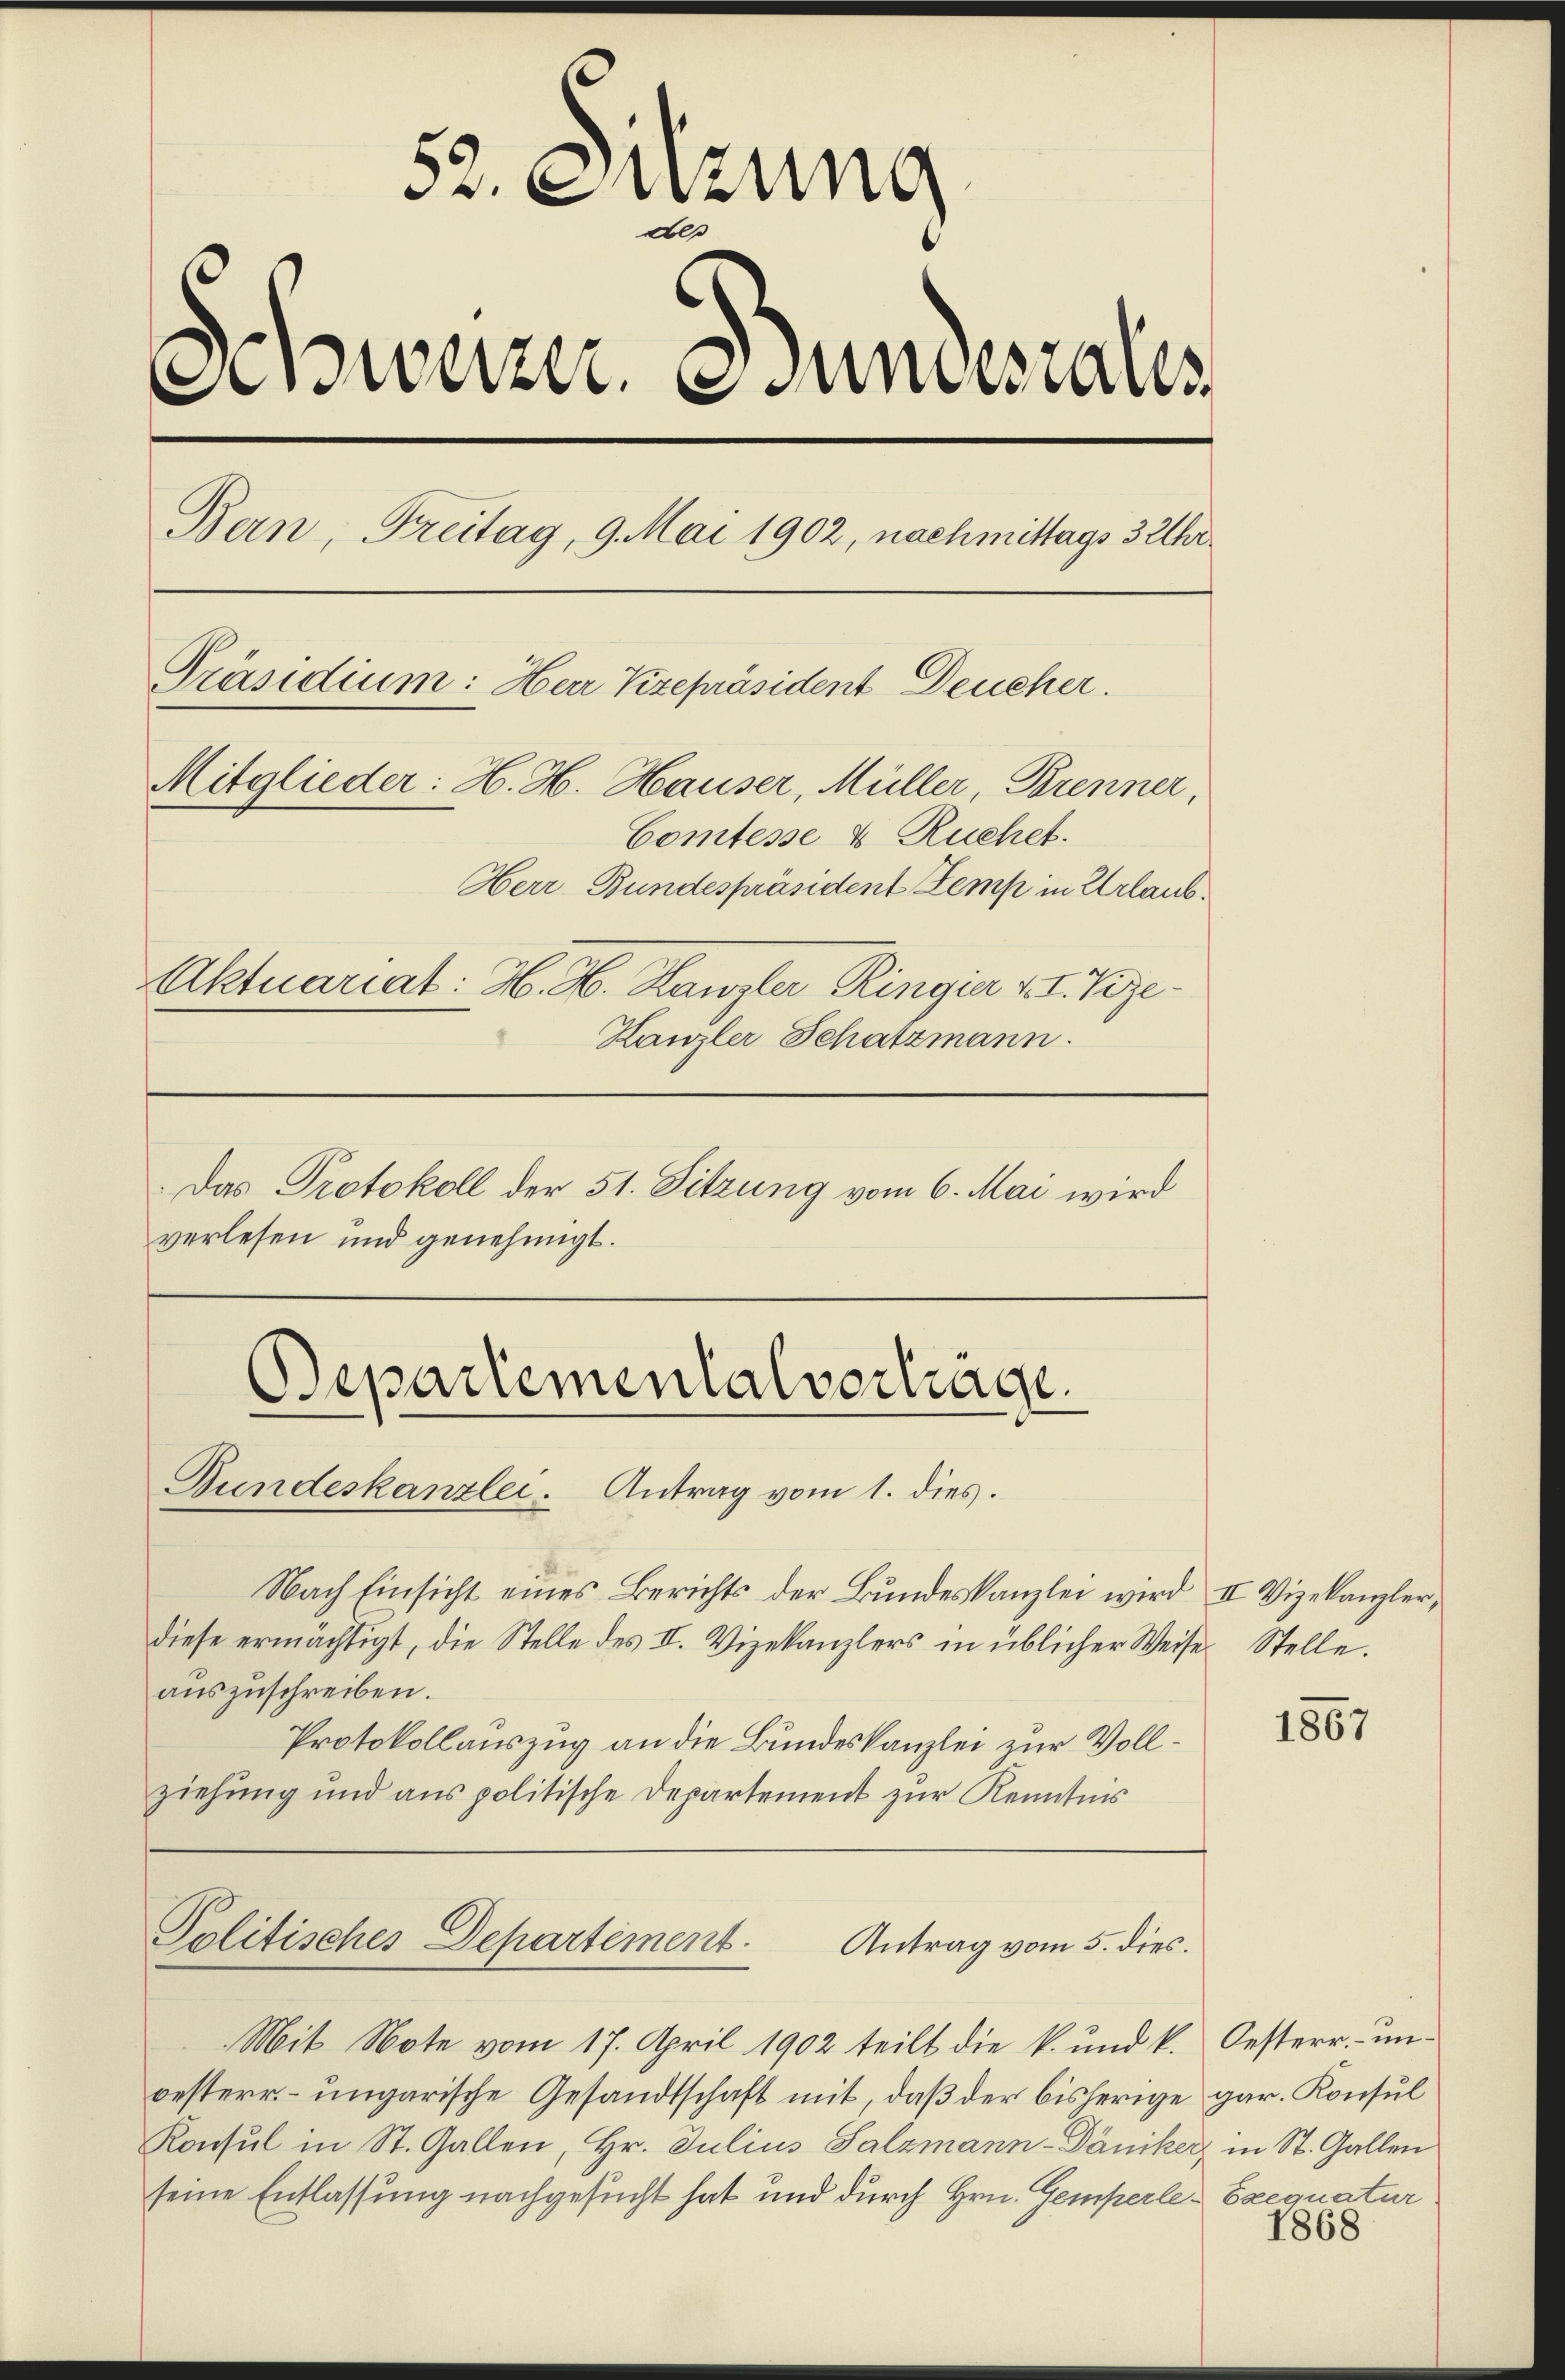
Das Protokoll der 51. Sitzung vom 6. Mai wird
verlesen und genehmigt.

52. Sitzung
des
Anweizer. esundesrates
Bern, Freitag, 9. Mai 1902, nachmittags 3 Uhr
Präsidium: Herr Vizepräsident Deucher.
Mitglieder: H. H. Hauser, Müller, Brenner,
Comtesse 4 Ruchet.
Herr Bundespräsident Zemp in Urlaub¬
Aktuariat: H. H. Kanzler Ringier v. J. Vize¬
Hanzler Schatzmann.

Departementalvertrage.
Gundeskanzlei. Antrag vom 1. dies.

Nach Einsicht eines Berichts der Bundeskanzlei wird II Vizekanzler,
diese ermächtigt, die Stelle des II. Vizekanzlers in üblicher Weise Stelle.
auszuschreiben.
Protokollauszug an die Bundeskanzlei zur Vollziehung und aus politische Departement zur Kenntnis

Politisches Departement. Antrag vom 5. dies

Mit Note vom 17. April 1902 teilt die k. und k. Oesterr. unbesterr. ungarische Gesandtschaft mit, daß der bisherige gar. Konsul
Konsul in St. Gallen, Hr. Julius Salzmann-Däniker, in St. Gallen
seine Entlassung nachgesucht hat und durch Hrn. Gemperle-Exequatur

1867

1868